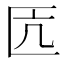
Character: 匟